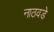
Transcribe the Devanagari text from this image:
नाठवडे